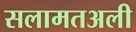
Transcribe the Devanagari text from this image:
सलामतअली